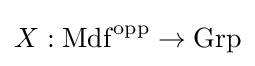
X:\mathrm {Mdf} ^{\text{opp}}\to \mathrm {Grp}